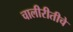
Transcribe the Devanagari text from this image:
चालीरीतीचे